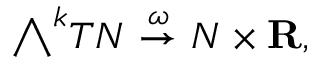
{ \textstyle \bigwedge } ^ { k } T N \ { \stackrel { \omega } { \to } } \ N \times \mathbf { R } ,